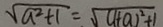
\sqrt { a ^ { 2 } + 1 } = \sqrt { ( 1 + a ) ^ { 2 } + 1 }